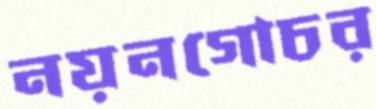
নয়নগোচর